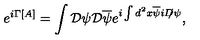
e ^ { i \Gamma [ A ] } = \int { \cal D } \psi { \cal D } \overline { \psi } e ^ { i \int d ^ { 2 } x \overline { \psi } i D \! \! \! / \psi } ,